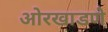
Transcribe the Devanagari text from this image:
ओरखाडणे